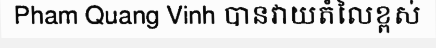
Pham Quang Vinh បានវាយតំលៃខ្ពស់